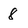
Character: 8